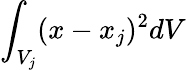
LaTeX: \int_{V_{j}}({x}-{x}_{j})^{2}dV